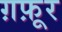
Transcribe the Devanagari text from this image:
ग़फ़ूर